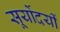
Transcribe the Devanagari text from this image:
सूर्योदयीं